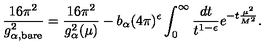
\frac { 1 6 \pi ^ { 2 } } { g _ { \alpha , { \scriptstyle \mathrm { b a r e } } } ^ { 2 } } = \frac { 1 6 \pi ^ { 2 } } { g _ { \alpha } ^ { 2 } ( \mu ) } - b _ { \alpha } ( 4 \pi ) ^ { \epsilon } \int _ { 0 } ^ { \infty } \frac { d t } { t ^ { 1 - \epsilon } } e ^ { - t \frac { \mu ^ { 2 } } { M ^ { 2 } } } .